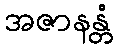
အဇာနန္တံ